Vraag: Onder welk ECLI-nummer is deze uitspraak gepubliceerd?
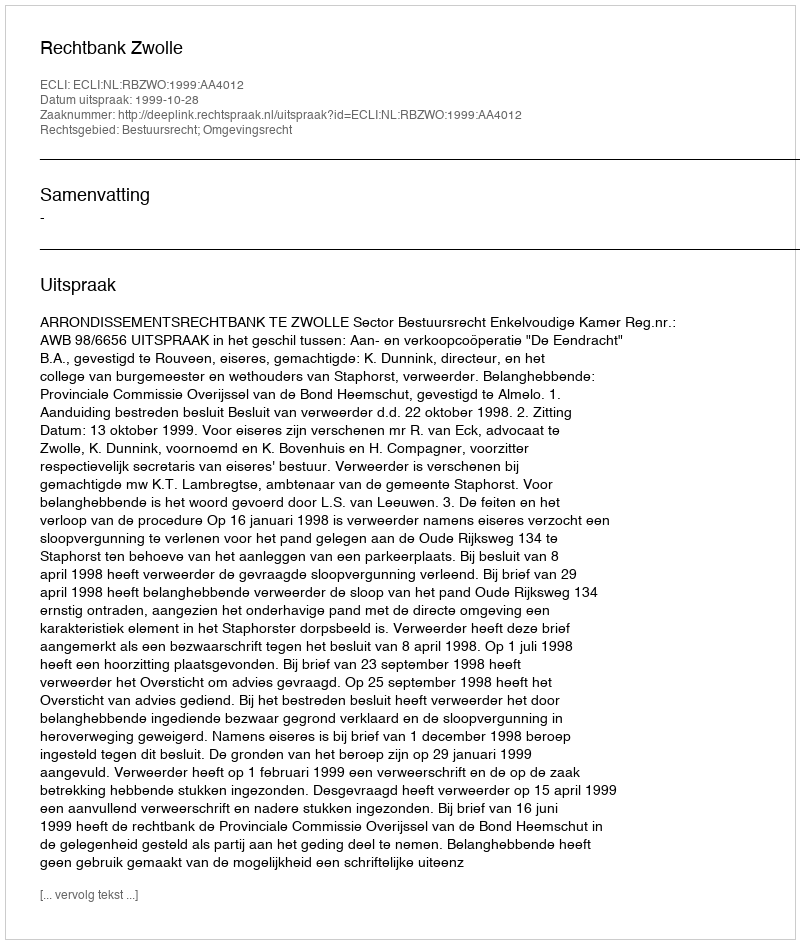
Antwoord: ECLI:NL:RBZWO:1999:AA4012